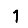
Digit: 1